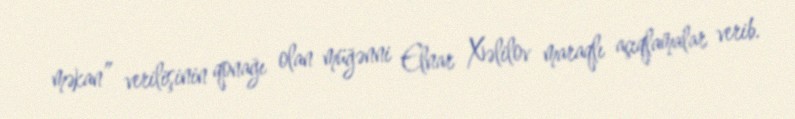
məkan” verilişinin qonağı olan müğənni Elnar Xəlilov maraqlı açıqlamalar verib.